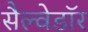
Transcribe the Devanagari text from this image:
सैल्वेडॉर